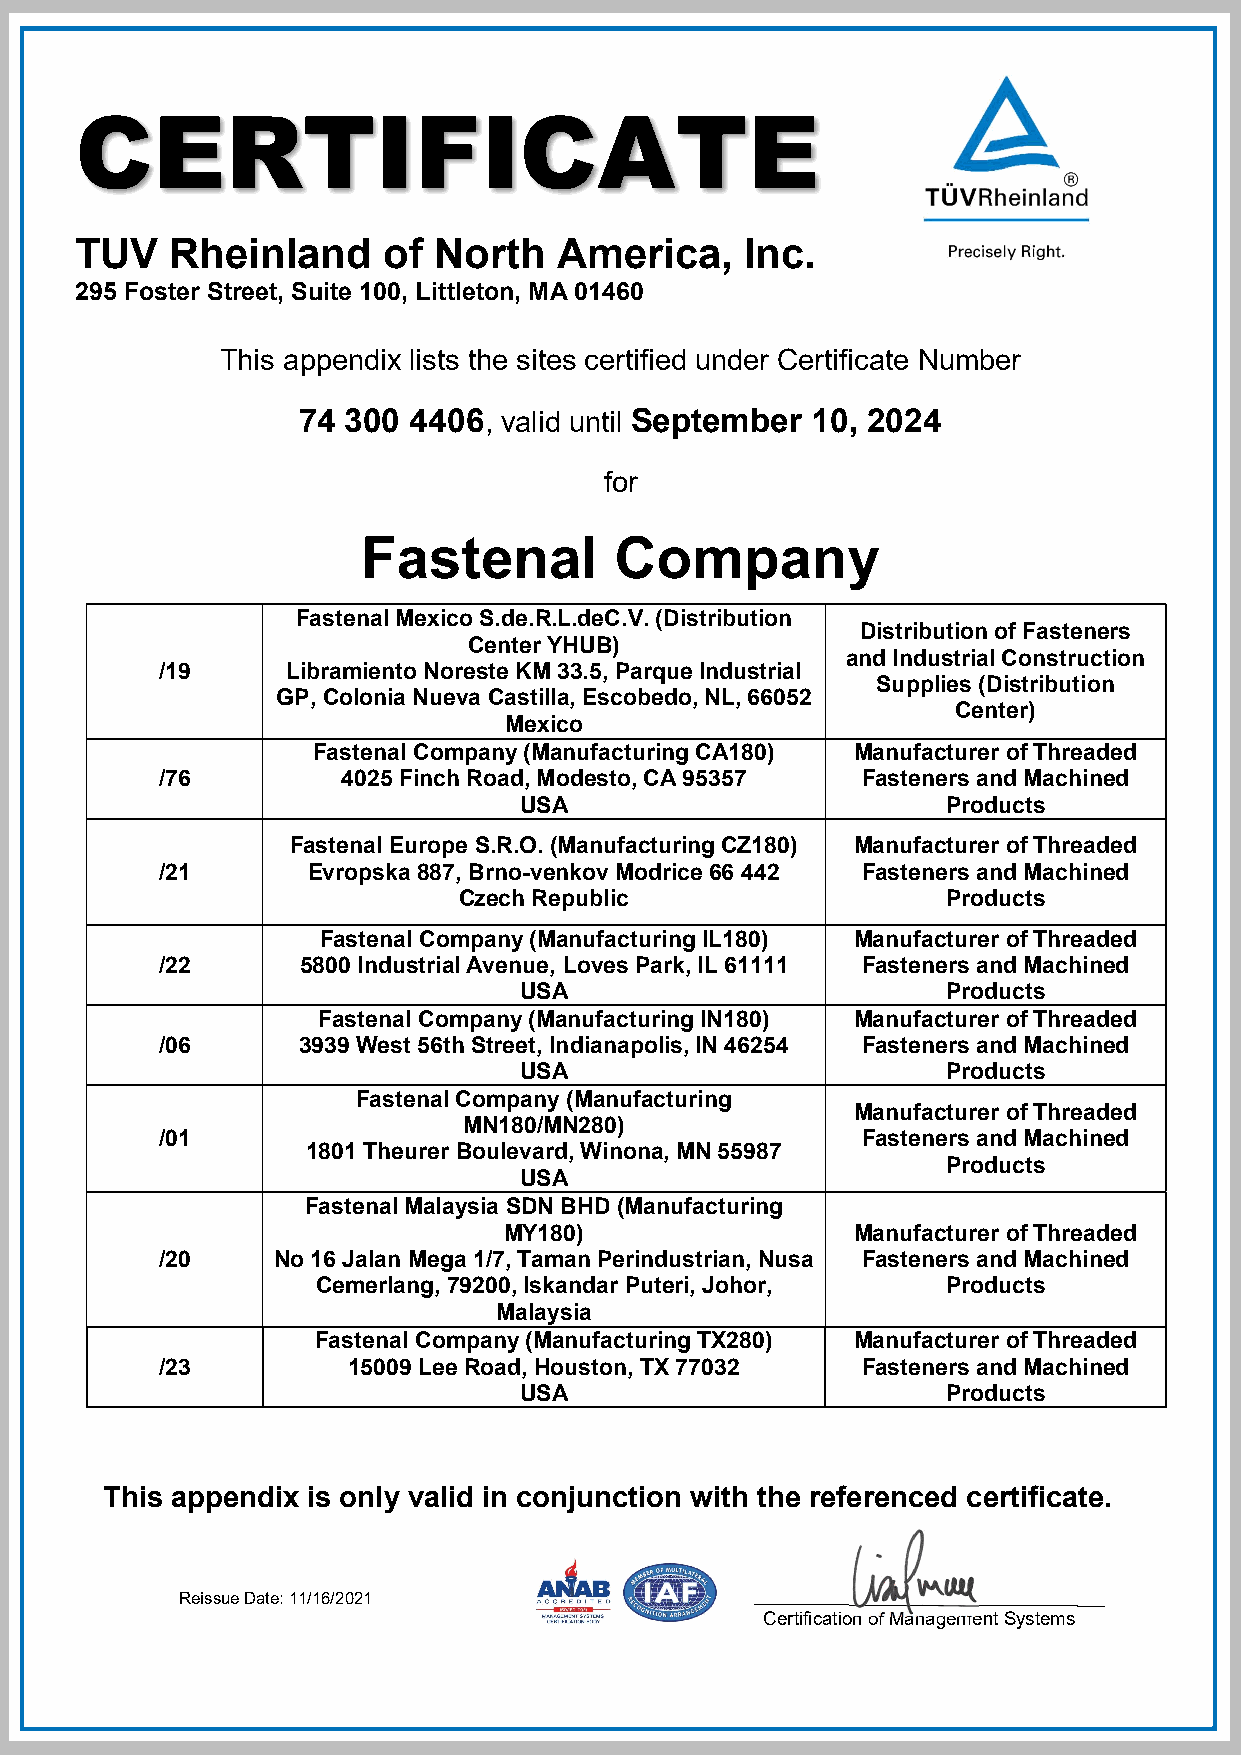
CERTIFICATE
 TUV   Rheinland     of  North   America,    Inc.
 295 Foster Street, Suite 100, Littleton, MA 01460
 This appendix lists the sites certified under Certificate Number
 74 300 4406, valid until September 10, 2024
 for
 Fastenal         Company
 Fastenal Mexico S.de.R.L.deC.V. (Distribution
 Distribution of Fasteners
 Center YHUB)
 and Industrial Construction
 /19     Libramiento Noreste KM 33.5, Parque Industrial
 Supplies (Distribution
 GP, Colonia Nueva Castilla, Escobedo, NL, 66052
 Center)
 Mexico
 Fastenal Company (Manufacturing CA180) Manufacturer of Threaded
 /76         4025 Finch Road, Modesto, CA 95357 Fasteners and Machined
 USA                          Products
 Fastenal Europe S.R.O. (Manufacturing CZ180) Manufacturer of Threaded
 /21      Evropska 887, Brno-venkov Modrice 66 442 Fasteners and Machined
 Czech Republic                   Products
 Fastenal Company (Manufacturing IL180) Manufacturer of Threaded
 /22      5800 Industrial Avenue, Loves Park, IL 61111 Fasteners and Machined
 USA                          Products
 Fastenal Company (Manufacturing IN180) Manufacturer of Threaded
 /06      3939 West 56th Street, Indianapolis, IN 46254 Fasteners and Machined
 USA                          Products
 Fastenal Company (Manufacturing
 Manufacturer of Threaded
 MN180/MN280)
 /01                                           Fasteners and Machined
 1801 Theurer Boulevard, Winona, MN 55987
 Products
 USA
 Fastenal Malaysia SDN BHD (Manufacturing
 MY180)                  Manufacturer of Threaded
 /20    No 16 Jalan Mega 1/7, Taman Perindustrian, Nusa Fasteners and Machined
 Cemerlang, 79200, Iskandar Puteri, Johor, Products
 Malaysia
 Fastenal Company (Manufacturing TX280) Manufacturer of Threaded
 /23         15009 Lee Road, Houston, TX 77032 Fasteners and Machined
 USA                          Products
 This appendix is only valid in conjunction with the referenced certificate.
 Reissue Date: 11/16/2021
 Certification of Management Systems